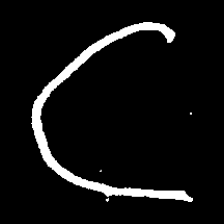
Pyu character \u2014 Myanmar letter: ဋ (romanized: tta)